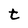
Character: t